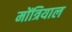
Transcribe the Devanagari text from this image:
मोंत्रियाल